Lunatic asylums Punjab 1911-1921 - 1911-1921
Year: 1911
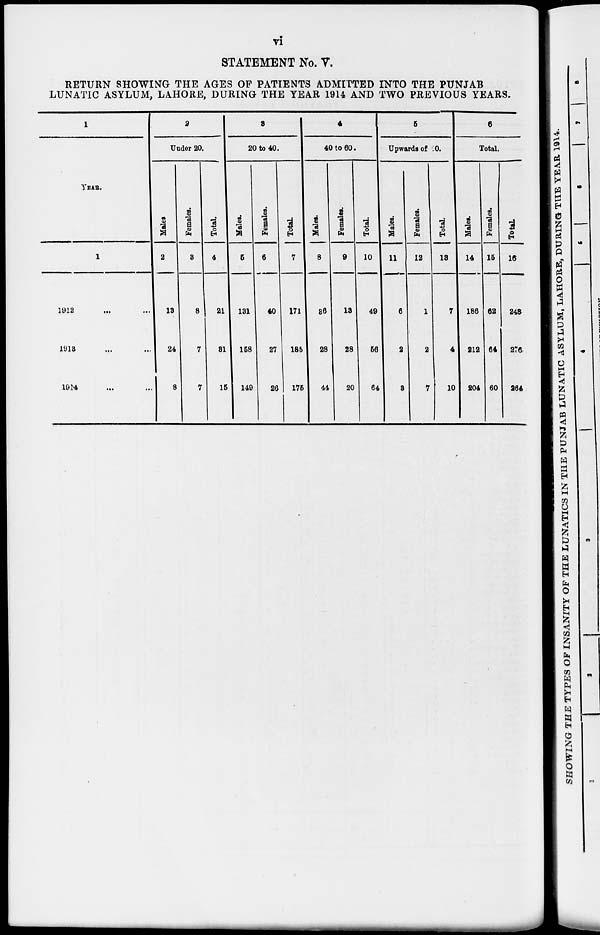
vi
STATEMENT No. V.
RETURN SHOWING THE AGES OF PATIENTS ADMITTED INTO THE PUNJAB
LUNATIC ASYLUM, LAHORE, DURING THE YEAR 1914 AND TWO PREVIOUS YEARS.
1
YEAR.
1
1912
...
...
1913 ... ...
1914 ... ...
2
Under 20.
Males
2
13
24
8
Females.
3
8
7
7
Total.
4
21
31
15
3
20 to 40.
Males.
5
131
158
149
Females.
6
40
27
26
Total.
7
171
185
175
4
40 to 60.
Males.
8
36
28
44
Females.
9
13
28
20
Total.
10
49
56
64
5
Upwards of 60.
Males.
11
6
2
3
Females.
12
1
2
7
Total.
13
7
4
10
6
Total.
Males.
14
186
212
204
Females.
15
62
64
60
Total.
16
248
276
264